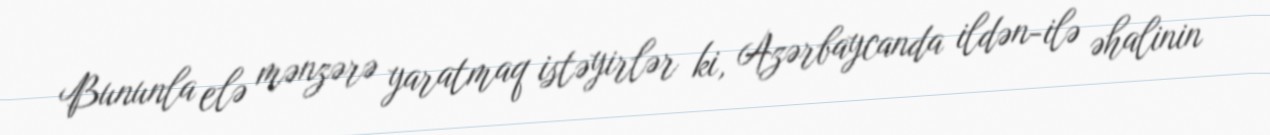
Bununla elə mənzərə yaratmaq istəyirlər ki, Azərbaycanda ildən-ilə əhalinin